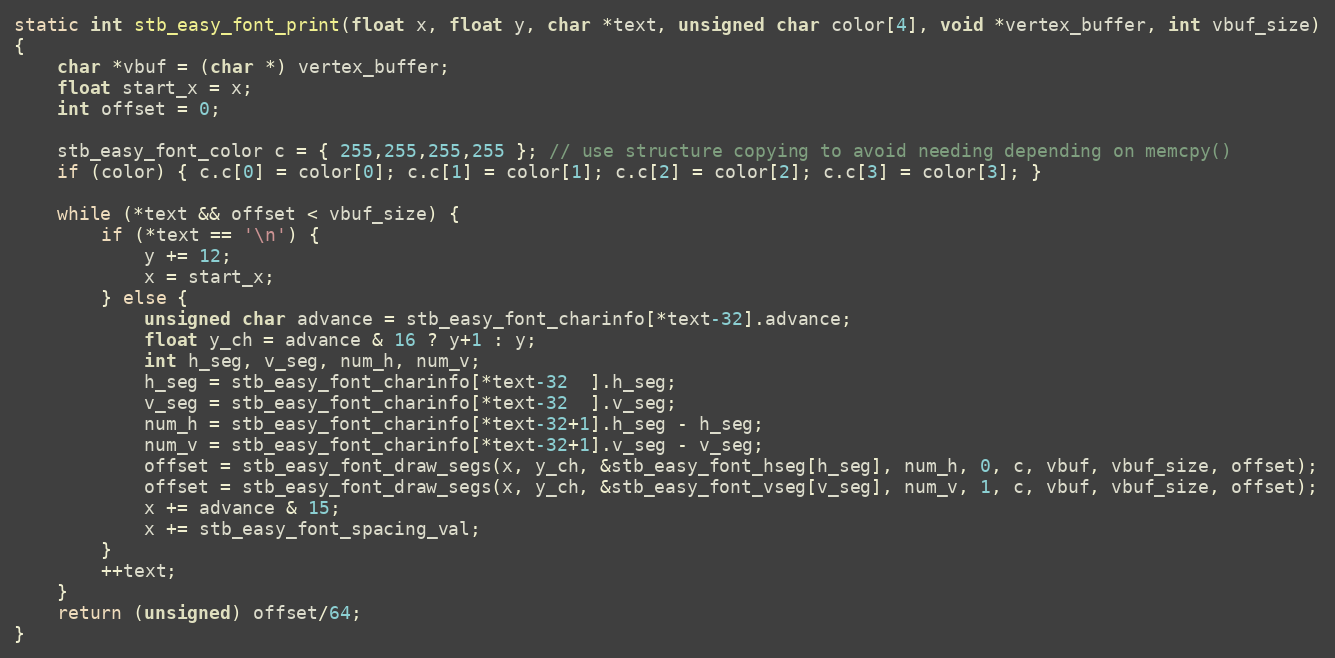
Language: C
static int stb_easy_font_print(float x, float y, char *text, unsigned char color[4], void *vertex_buffer, int vbuf_size)
{
    char *vbuf = (char *) vertex_buffer;
    float start_x = x;
    int offset = 0;

    stb_easy_font_color c = { 255,255,255,255 }; // use structure copying to avoid needing depending on memcpy()
    if (color) { c.c[0] = color[0]; c.c[1] = color[1]; c.c[2] = color[2]; c.c[3] = color[3]; }

    while (*text && offset < vbuf_size) {
        if (*text == '\n') {
            y += 12;
            x = start_x;
        } else {
            unsigned char advance = stb_easy_font_charinfo[*text-32].advance;
            float y_ch = advance & 16 ? y+1 : y;
            int h_seg, v_seg, num_h, num_v;
            h_seg = stb_easy_font_charinfo[*text-32  ].h_seg;
            v_seg = stb_easy_font_charinfo[*text-32  ].v_seg;
            num_h = stb_easy_font_charinfo[*text-32+1].h_seg - h_seg;
            num_v = stb_easy_font_charinfo[*text-32+1].v_seg - v_seg;
            offset = stb_easy_font_draw_segs(x, y_ch, &stb_easy_font_hseg[h_seg], num_h, 0, c, vbuf, vbuf_size, offset);
            offset = stb_easy_font_draw_segs(x, y_ch, &stb_easy_font_vseg[v_seg], num_v, 1, c, vbuf, vbuf_size, offset);
            x += advance & 15;
            x += stb_easy_font_spacing_val;
        }
        ++text;
    }
    return (unsigned) offset/64;
}